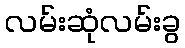
လမ်းဆုံလမ်းခွ